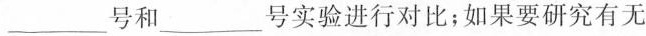
___号和___号实验进行比;如果要研究有无